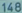
148